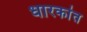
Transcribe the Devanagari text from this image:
धारकांत